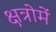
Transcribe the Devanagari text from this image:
क्षत्रोमें